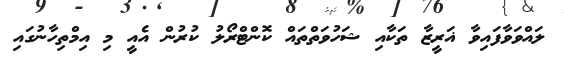
ލައްވަވާފައިވާ ޣަރީޒާ ތަކާއި ޝަހުވަތްތައް ކޮންޓްރޯލު ކުރުން އެއީ މި އިމްތިހާނުގައި